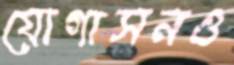
যোগাসনও